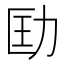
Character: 劻